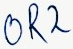
Text: OR2